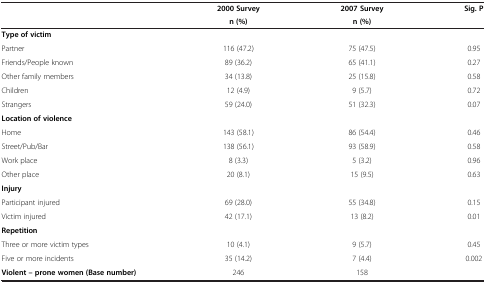
<table><thead><tr><td rowspan="2"><b> </b></td><td><b>2000 Survey</b></td><td><b>2007 Survey</b></td><td><b>Sig. P</b></td></tr><tr><td><b>n (%)</b></td><td><b>n (%)</b></td><td><b> </b></td></tr></thead><tbody><tr><td><b>Type of victim</b></td><td> </td><td> </td><td> </td></tr><tr><td>Partner</td><td>116 (47.2)</td><td>75 (47.5)</td><td>0.95</td></tr><tr><td>Friends/People known</td><td>89 (36.2)</td><td>65 (41.1)</td><td>0.27</td></tr><tr><td>Other family members</td><td>34 (13.8)</td><td>25 (15.8)</td><td>0.58</td></tr><tr><td>Children</td><td>12 (4.9)</td><td>9 (5.7)</td><td>0.72</td></tr><tr><td>Strangers</td><td>59 (24.0)</td><td>51 (32.3)</td><td>0.07</td></tr><tr><td><b>Location of violence</b></td><td> </td><td> </td><td> </td></tr><tr><td>Home</td><td>143 (58.1)</td><td>86 (54.4)</td><td>0.46</td></tr><tr><td>Street/Pub/Bar</td><td>138 (56.1)</td><td>93 (58.9)</td><td>0.58</td></tr><tr><td>Work place</td><td>8 (3.3)</td><td>5 (3.2)</td><td>0.96</td></tr><tr><td>Other place</td><td>20 (8.1)</td><td>15 (9.5)</td><td>0.63</td></tr><tr><td><b>Injury</b></td><td> </td><td> </td><td> </td></tr><tr><td>Participant injured</td><td>69 (28.0)</td><td>55 (34.8)</td><td>0.15</td></tr><tr><td>Victim injured</td><td>42 (17.1)</td><td>13 (8.2)</td><td>0.01</td></tr><tr><td><b>Repetition</b></td><td> </td><td> </td><td> </td></tr><tr><td>Three or more victim types</td><td>10 (4.1)</td><td>9 (5.7)</td><td>0.45</td></tr><tr><td>Five or more incidents</td><td>35 (14.2)</td><td>7 (4.4)</td><td>0.002</td></tr><tr><td><b>Violent – prone women (Base number)</b></td><td>246</td><td>158</td><td> </td></tr></tbody></table>